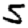
Digit: 5